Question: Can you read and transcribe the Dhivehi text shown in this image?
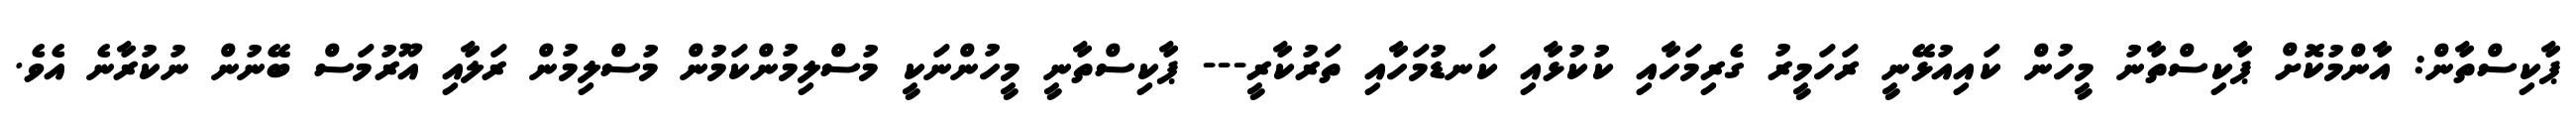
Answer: ޕާކިސްތާން: އާންމުކޮށް ޕާކިސްތާނު މީހުން ކައިއުޅޭނީ ރަހަމީރު ގެރިމަހާއި ކުކުޅާއި ކަނޑުމަހާއި ތަރުކާރީ--- ޕާކިސްތާނީ މީހުންނަކީ މުސްލިމުންކަމުން މުސްލިމުން ރަލާއި އޫރުމަސް ބޭނުން ނުކުރާނެ އެވެ.